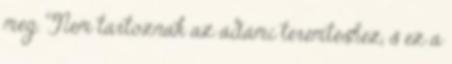
meg. Nem tartoznak az ádámi teremtéshez, s ez a